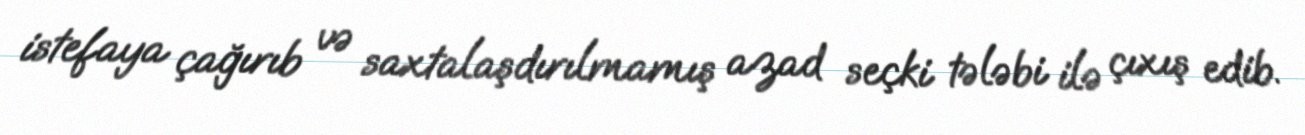
istefaya çağırıb və saxtalaşdırılmamış azad seçki tələbi ilə çıxış edib.